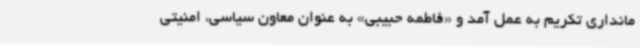
مانداری تکریم به عمل آمد و «فاطمه حبیبی» به عنوان معاون سیاسی، امنیتی